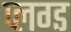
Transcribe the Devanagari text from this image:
प्लग्ड